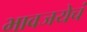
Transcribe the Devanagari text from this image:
भावजयेचं